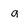
Character: a